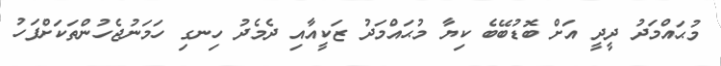
މުޙައްމަދު ދީދީ އަށް ބޮޑުބޭބެ ކިޔާ މުޙައްމަދު ޒަކީއާއި ދެމެދު ހިނގި ހަމަނުޖެހުންތަކަށްފަހު